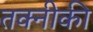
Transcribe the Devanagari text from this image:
तक्नीकी